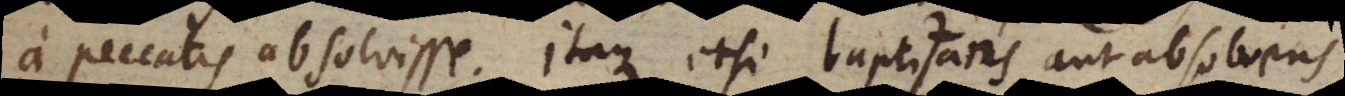
a peccatis absolvisse. Itaque etsi baptizans aut absolvens